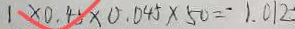
1 \times 0 . 4 5 \times 0 . 0 4 5 \times 5 0 = \cdot 1 . 0 1 2